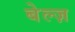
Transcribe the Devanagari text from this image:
बेल्ज़